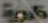
516